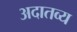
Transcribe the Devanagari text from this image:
अदातव्य